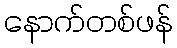
နောက်တစ်ဖန်